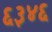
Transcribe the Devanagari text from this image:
६३४६